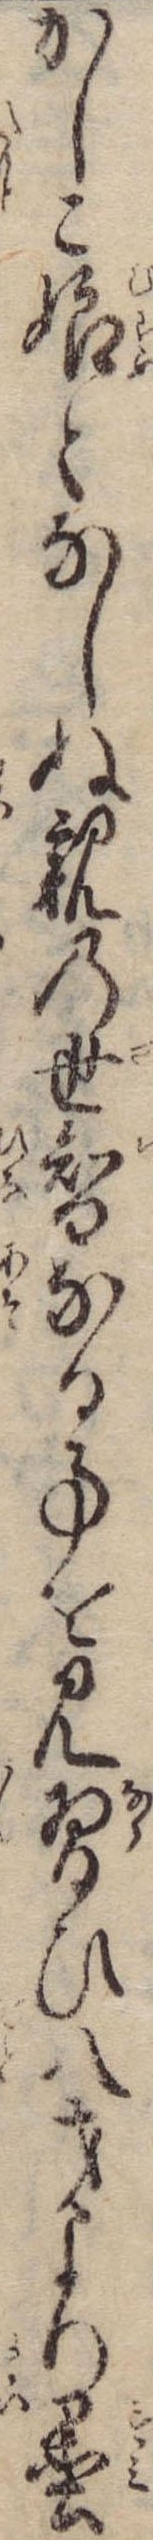
かしこ娘となしぬ親の世智なる事を見習ひ八才より墨